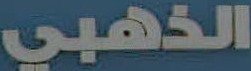
الذهبي